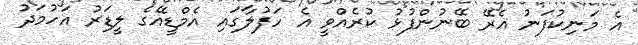
އެ މަނިކުފަނު އެރޭ ބޭނުންފުޅު ކުރެއްވީ އެ ހަފުލާގައި އެމްޑީއޭގެ ލީޑަރު އަހުމަދު